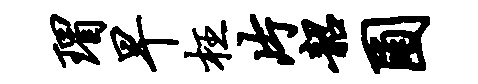
瑁早枉片韶圃